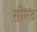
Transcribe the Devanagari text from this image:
सीमंट